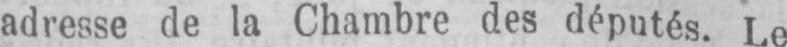
adresse de la Chambre des députés. Le